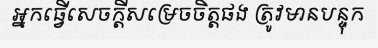
អ្នកធ្វើសេចក្តីសម្រេចចិត្តផង ត្រូវមានបន្ទុក